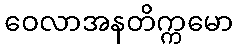
ဝေလာအနတိက္ကမော